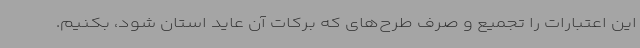
این اعتبارات را تجمیع و صرف طرح‌های که برکات آن عاید استان شود، بکنیم.